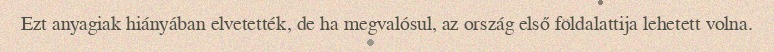
Ezt anyagiak hiányában elvetették, de ha megvalósul, az ország első földalattija lehetett volna.